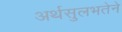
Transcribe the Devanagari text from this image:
अर्थसुलभतेने